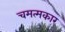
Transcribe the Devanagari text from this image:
चमत्मकार